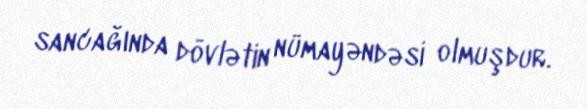
sancağında dövlətin nümayəndəsi olmuşdur.